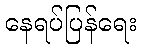
နေရပ်ပြန်ရေး